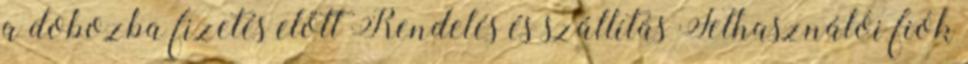
a dobozba fizetés előtt Rendelés és szállítás Felhasználói fiók